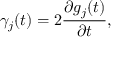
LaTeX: { \gamma } _ { j } ( t ) = 2 \frac { \partial g _ { j } ( t ) } { \partial t } ,